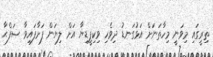
ތިރީގައި މިވަނީ މިހާތަނަށް އަޅުގަނޑު ދިވެހި ވިކިޕީޑިޔާ އަށް ލިޔަން ފަށާފައިވާ ޞަފްޙާ